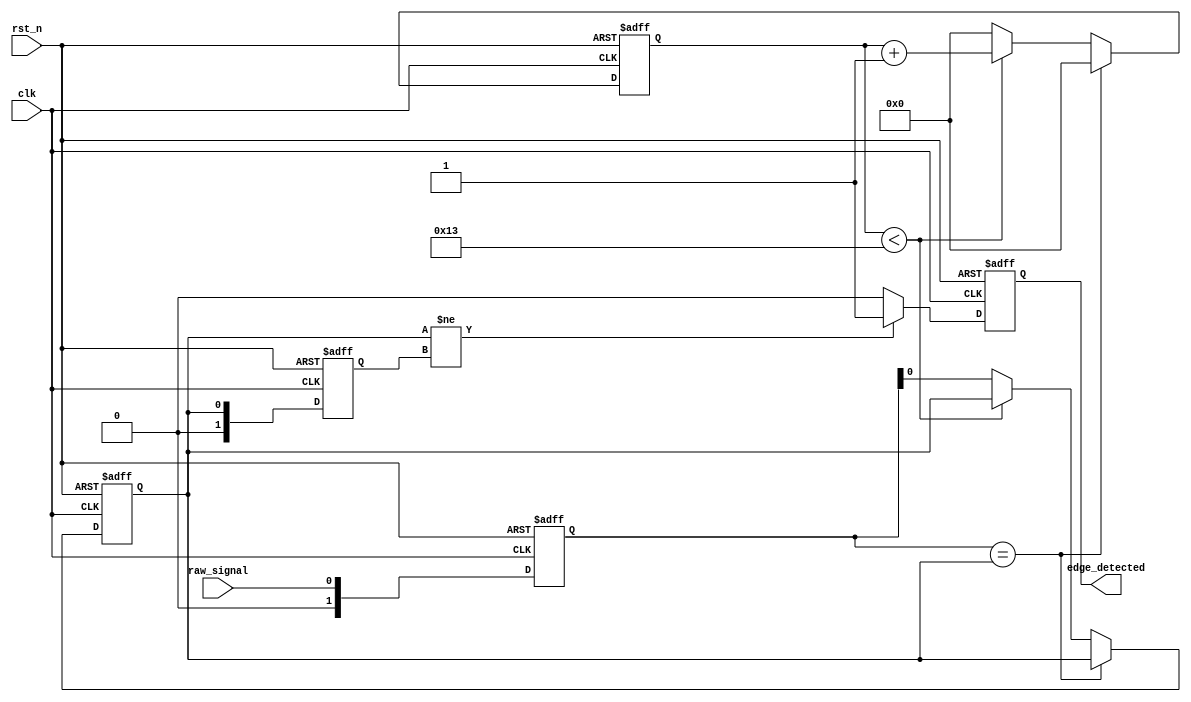
module DebouncedEdgeDetector (
    input wire clk,            // Clock signal
    input wire rst_n,         // Active-low reset signal
    input wire raw_signal,     // Input signal (noisy)
    output reg edge_detected   // Output signal indicating valid edge
);

    // Parameters
    parameter DEBOUNCE_TIME = 20; // Adjust this value based on clock frequency
    parameter DEBOUNCE_COUNT_MAX = DEBOUNCE_TIME - 1;

    // State registers
    reg [1:0] current_state;    // Current state of the input signal
    reg [1:0] previous_state;   // Previous state of the input signal
    reg [4:0] debounce_counter;  // Debounce timer/counter
    reg stable_signal;           // Stable input signal after debounce

    // State encoding
    localparam LOW = 1'b0;
    localparam HIGH = 1'b1;

    // Edge detection logic
    always @(posedge clk or negedge rst_n) begin
        if (!rst_n) begin
            current_state <= LOW;
            previous_state <= LOW;
            debounce_counter <= 0;
            stable_signal <= LOW;
            edge_detected <= 0;
        end else begin
            // Update current state based on raw signal
            current_state <= raw_signal;

            // Debounce logic
            if (current_state == stable_signal) begin
                debounce_counter <= 0; // Reset counter if stable
            end else begin
                if (debounce_counter < DEBOUNCE_COUNT_MAX) begin
                    debounce_counter <= debounce_counter + 1; // Increment counter
                end else begin
                    stable_signal <= current_state; // Update stable signal
                    debounce_counter <= 0; // Reset counter
                end
            end

            // Edge detection
            if (stable_signal != previous_state) begin
                edge_detected <= 1; // Edge detected
            end else begin
                edge_detected <= 0; // No edge detected
            end

            // Update previous state
            previous_state <= stable_signal;
        end
    end

endmodule